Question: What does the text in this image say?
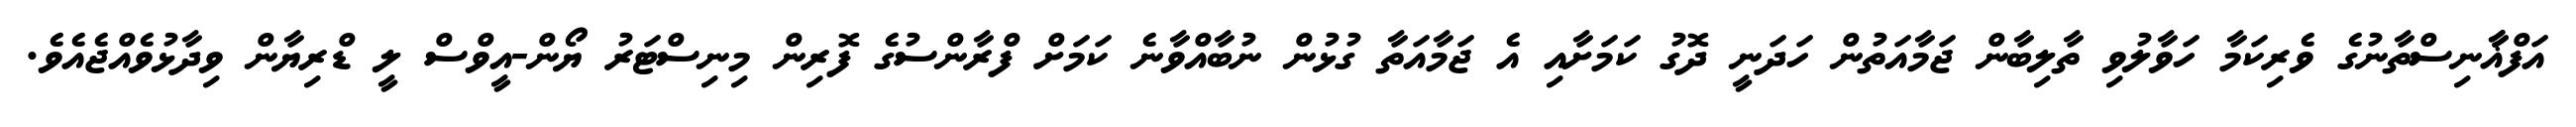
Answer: އަފްޣާާނިސްތާނުގެ ވެރިކަމާ ހަވާލުވި ތާލިބާން ޖަމާއަތުން ހަދަނީ ދޮގު ކަމަށާއި އެ ޖަމާއަތާ ގުޅުން ނުބާއްވާނެ ކަމަށް ފްރާންސުގެ ފޮރިން މިނިސްޓަރު ޔޯން-އީވްސް ލީ ޑްރިޔާން ވިދާޅުވެއްޖެއެވެ.